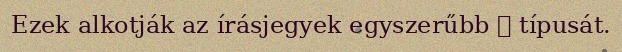
Ezek alkotják az írásjegyek egyszerűbb 文 típusát.